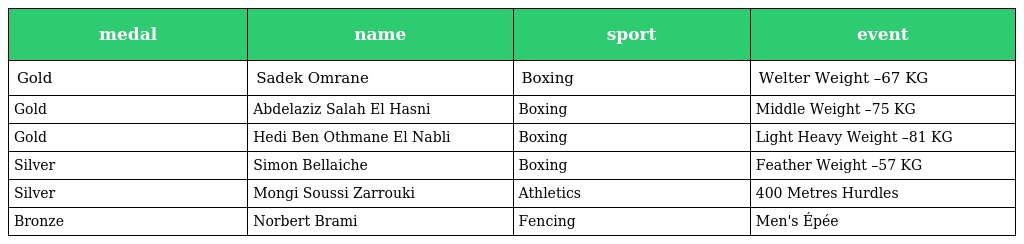
| medal | name | sport | event |
 | --- | --- | --- | --- |
 | Gold | Sadek Omrane | Boxing | Welter Weight –67 KG |
 | Gold | Abdelaziz Salah El Hasni | Boxing | Middle Weight –75 KG |
 | Gold | Hedi Ben Othmane El Nabli | Boxing | Light Heavy Weight –81 KG |
 | Silver | Simon Bellaiche | Boxing | Feather Weight –57 KG |
 | Silver | Mongi Soussi Zarrouki | Athletics | 400 Metres Hurdles |
 | Bronze | Norbert Brami | Fencing | Men's Épée |